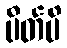
ပိတ်မိ